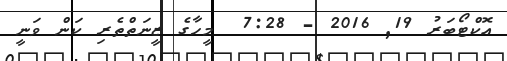
އޮކްޓޯބަރު 19